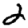
Digit: 2